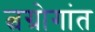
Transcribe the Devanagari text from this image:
त्वग्रोगांत